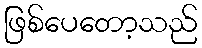
ဖြစ်ပေတော့သည်